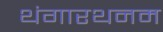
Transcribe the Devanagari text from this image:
थंगारथनम